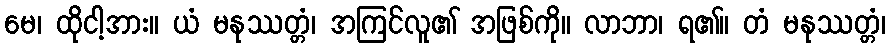
မေ၊ ထိုငါ့အား။ ယံ မနုဿတ္တံ၊ အကြင်လူ၏ အဖြစ်ကို။ လာဘာ၊ ရ၏။ တံ မနုဿတ္တံ၊